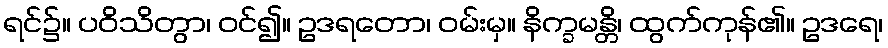
ရင်၌။ ပဝိသိတွာ၊ ဝင်၍။ ဥဒရတော၊ ဝမ်းမှ။ နိက္ခမန္တိ၊ ထွက်ကုန်၏။ ဥဒရေ၊